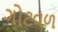
ગોટવળ